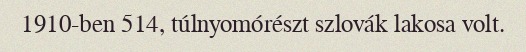
1910-ben 514, túlnyomórészt szlovák lakosa volt.